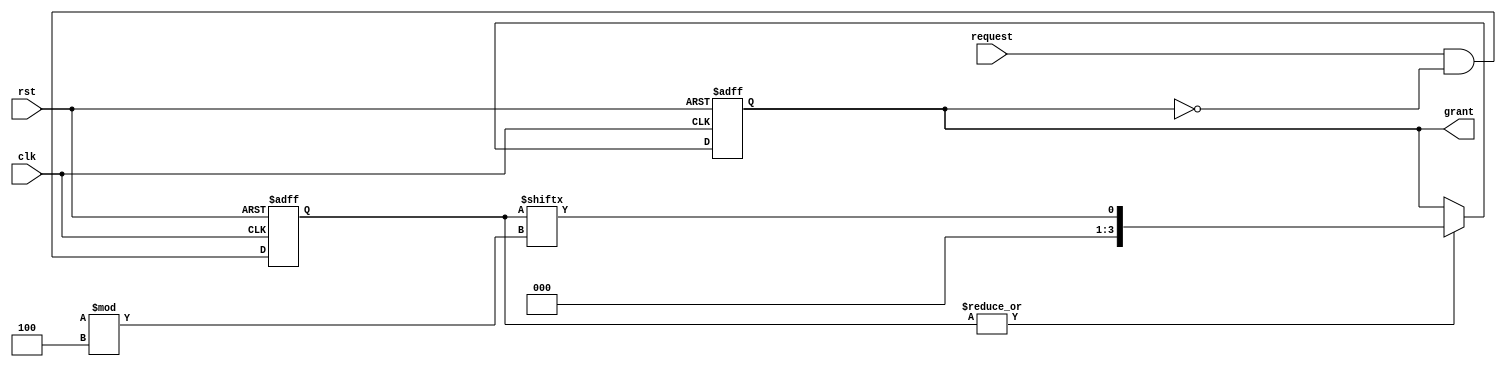
module random_arbiter #(
    parameter NUM_INPUT_PORTS = 4
)(
    input wire clk,
    input wire rst,
    input wire [NUM_INPUT_PORTS-1:0] request,
    output reg [NUM_INPUT_PORTS-1:0] grant
);

reg [NUM_INPUT_PORTS-1:0] valid_requests;
reg [NUM_INPUT_PORTS-1:0] selected_master;

always @(posedge clk or posedge rst) begin
    if (rst) begin
        valid_requests <= 0;
        selected_master <= 0;
    end else begin
        valid_requests <= request & ~selected_master;
        
        if (|valid_requests) begin
            selected_master <= valid_requests[($random) % NUM_INPUT_PORTS];
        end
    end
end

assign grant = selected_master;

endmodule